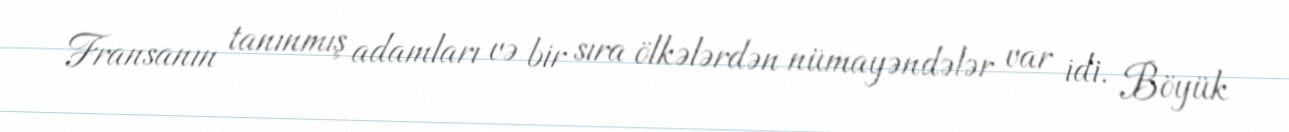
Fransanın tanınmış adamları və bir sıra ölkələrdən nümayəndələr var idi. Böyük